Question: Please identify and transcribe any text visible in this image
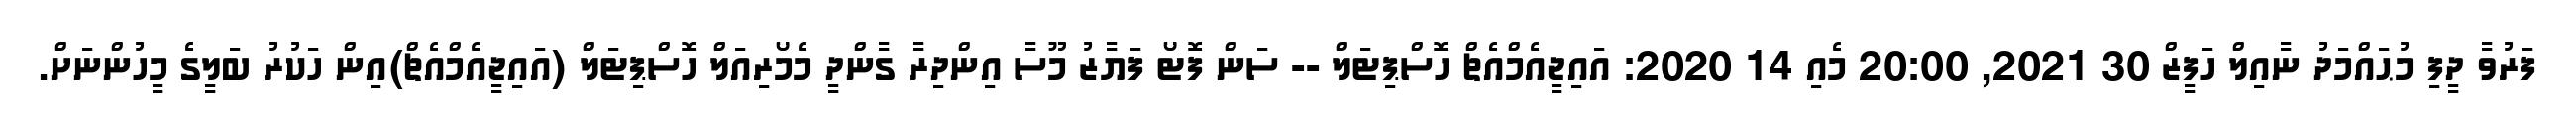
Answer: ފަރުވާ ދީފި މުޙައްމަދު ނާއިލް ހަފީޒް 30 2021, 20:00 މެއި 14 2020: އައިޖީއެމްއެޗް ހޮސްޕިޓަލް -- ސަން ފޮޓޯ ފަޔާޒު މޫސާ އިންދިރާ ގާންދީ މެމޯރިއަލް ހޮސްޕިޓަލް (އައިޖީއެމްއެޗް)އިން ހަކުރު ބަލީގެ މީހުންނަށް.